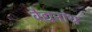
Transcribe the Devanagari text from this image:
वैद्यनांथ